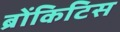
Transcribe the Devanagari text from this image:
ब्रोंकिटिस